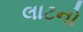
લાટનો